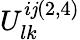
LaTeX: U_{lk}^{i\mathit{j}(2,4)}